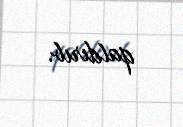
qaldırıb.